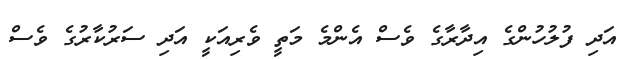
އަދި ފުލުހުންގެ އިދާރާގެ ވެސް އެންމެ މަތީ ވެރިއަކީ އަދި ސަރުކާރުގެ ވެސް